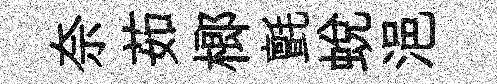
奈茹榔氈蜕浥